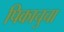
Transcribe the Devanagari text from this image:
पिकाचुचा